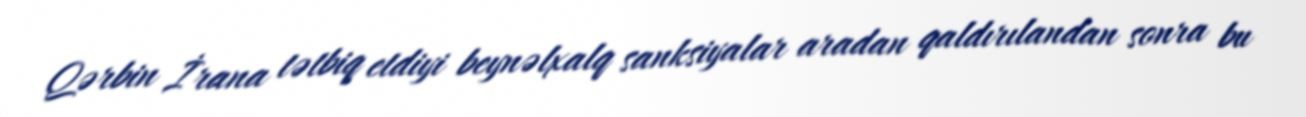
Qərbin İrana tətbiq etdiyi beynəlxalq sanksiyalar aradan qaldırılandan sonra bu